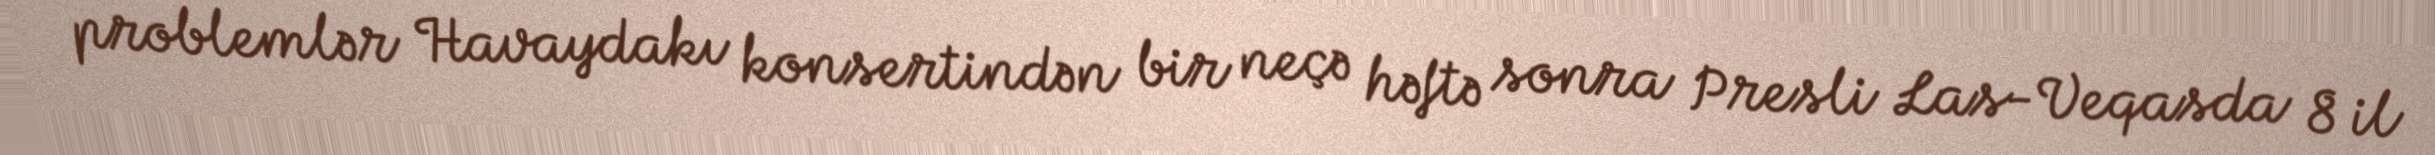
problemlər Havaydakı konsertindən bir neçə həftə sonra Presli Las-Veqasda 8 il